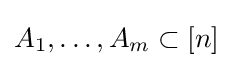
A_{1},\dots ,A_{m}\subset [n]